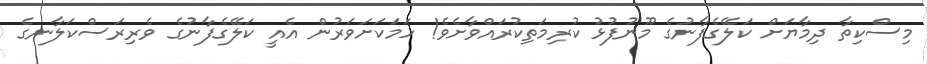
މިސްކިތާ ދިމާޔަށް ކަލޭގެފާނުގެ މޫނުފުޅު ކުރިމަތިކުރައްވާށެވެ! ހަމަކަށަވަރުން އެއީ ކަލޭގެފާނުގެ ވެރިރަސްކަލާނގެ